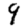
Digit: 9